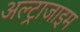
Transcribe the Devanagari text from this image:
अल्ट्राजाइम